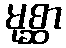
မုစ္ဆာ